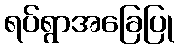
ရပ်ရွာအခြေပြု